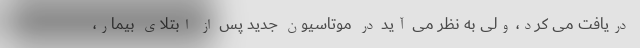
دریافت می کرد، ولی به نظر می آید در موتاسیون جدید پس از ابتلای بیمار،